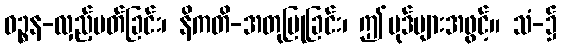
ဝဉ္စန-လှည့်ပတ်ခြင်း၊ နိကတိ-အတုပြုခြင်း၊ ဤပုဒ်များအဖွင့်။ သံ-၌